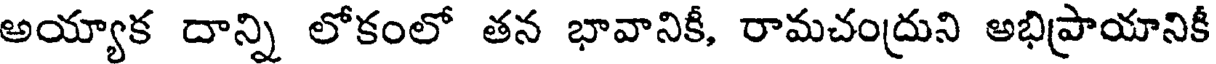
అయ్యాక దాన్ని లోకంలో తన భావానికీ, రామచంద్రుని అభిప్రాయానికీ